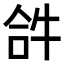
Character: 𤙖